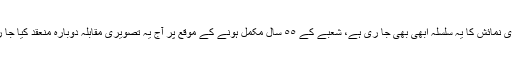
تصویری نمائش کا یہ سلسلہ ابھی بھی جا ری ہے، شعبے کے ٥٥ سال مکمل ہونے کے موقع پر آج یہ تصویری مقابلہ دوبارہ منعقد کیا جا رہا ہے۔